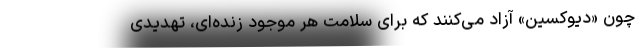
چون «دیوکسین» آزاد می‌کنند که برای سلامت هر موجود زنده‌ای، تهدیدی